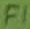
Text: F1